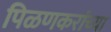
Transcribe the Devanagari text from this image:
पिळणकरांच्या